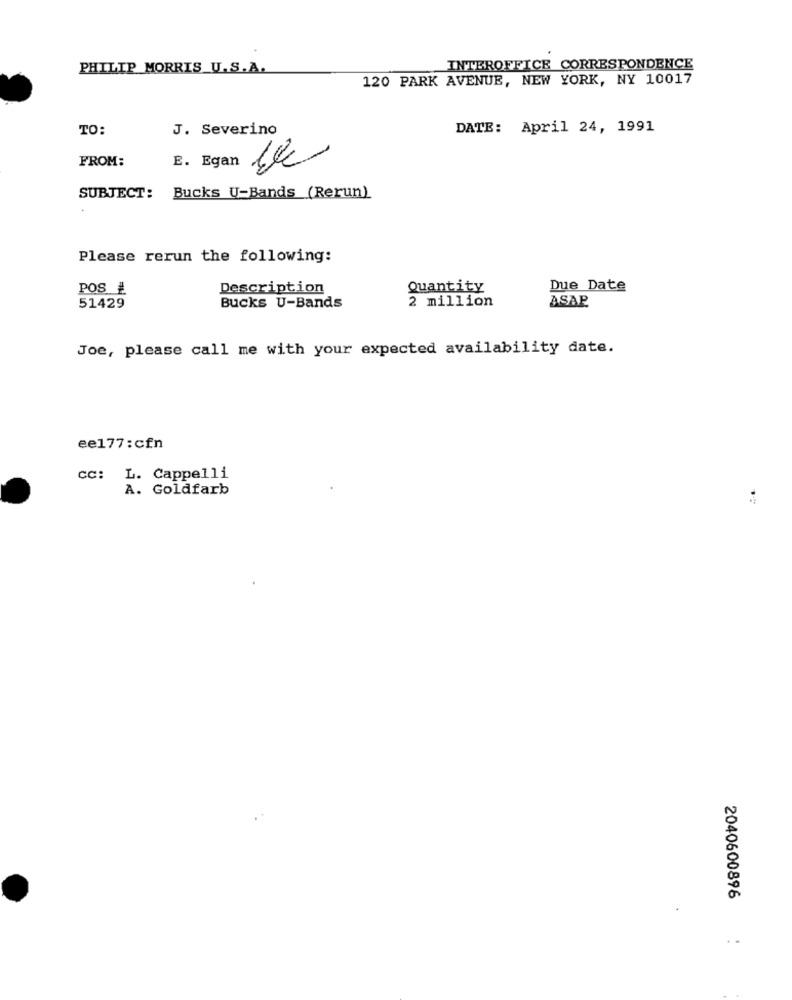
PHILIP MORRIS U.S.A.
INTEROFFICE CORRESPONDENCE
120 PARK AVENUE, NEW YORK, NY 10017
TO:
J. Severino
DATE: April 24, 1991
FROM:
E. Egan
SUBJECT: Bucks U-Bands (Rerun)
Please rerun the following:
POS #
Description
Quantity
Due Date
ASAP
51429
Bucks U-Bands
2 million
Joe, please call me with your expected availability date.
ee177:cfn
CC: L. Cappelli
A. Goldfarb
2040600896
..